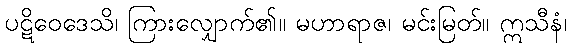
ပဋိဝေဒေသိ၊ ကြားလျှောက်၏။ မဟာရာဇ၊ မင်းမြတ်။ ဣသီနံ၊